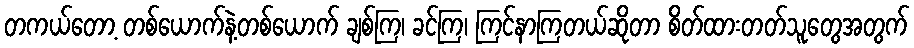
တကယ်တော့ တစ်ယောက်နဲ့တစ်ယောက် ချစ်ကြ၊ ခင်ကြ၊ ကြင်နာကြတယ်ဆိုတာ စိတ်ထားတတ်သူတွေအတွက်